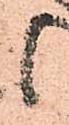
候